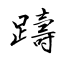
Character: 躊